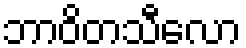
ဘာဝိတသီလော